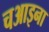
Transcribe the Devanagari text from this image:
चआइना